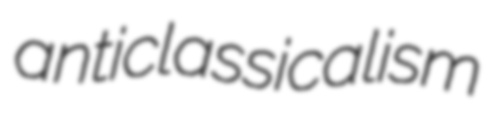
anticlassicalism